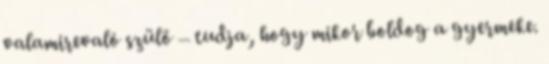
valamirevaló szülő – tudja, hogy mikor boldog a gyermeke.